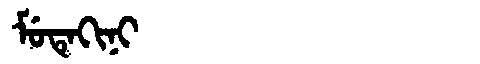
Manchu: ᠮᡠᡨᡝᡴᡳᠨᡳ
Romanization: MUTEKINI